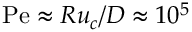
\mathrm { P e } \approx R u _ { c } / D \approx 1 0 ^ { 5 }